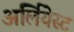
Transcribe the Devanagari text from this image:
अर्लियेस्ट